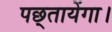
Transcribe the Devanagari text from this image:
पछ्तायेंगा।